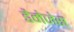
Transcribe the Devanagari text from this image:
डैमेजेस